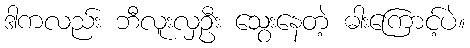
ဒါကလည်း ဘီလူးလှဦး သွေးနေတဲ့ ဓါးကြောင့်ပဲ။